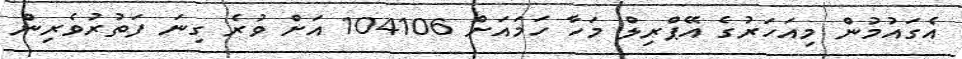
އެގައުމުން މިއަހަރުގެ އޭޕްރިލް މަހާ ހަމައަށް 104106 އަށް ވުރެ ގިނަ ފަތުރުވެރިން